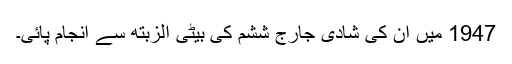
1947 میں ان کی شادی جارج ششم کی بیٹی الزبتھ سے انجام پائی۔